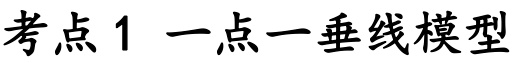
考点1 一点一垂线模型